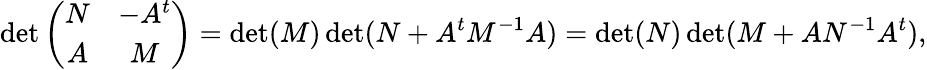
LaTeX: \operatorname*{det}\left(\begin{array}{cc}{{N}}&{{-A^{t}}}\\ {{A}}&{{M}}\end{array}\right)=\operatorname*{det}(M)\operatorname*{det}(N+A^{t}M^{-1}A)=\operatorname*{det}(N)\operatorname*{det}(M+AN^{-1}A^{t}),